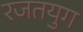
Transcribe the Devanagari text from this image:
रजतयुग